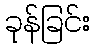
ခုန်ခြင်း